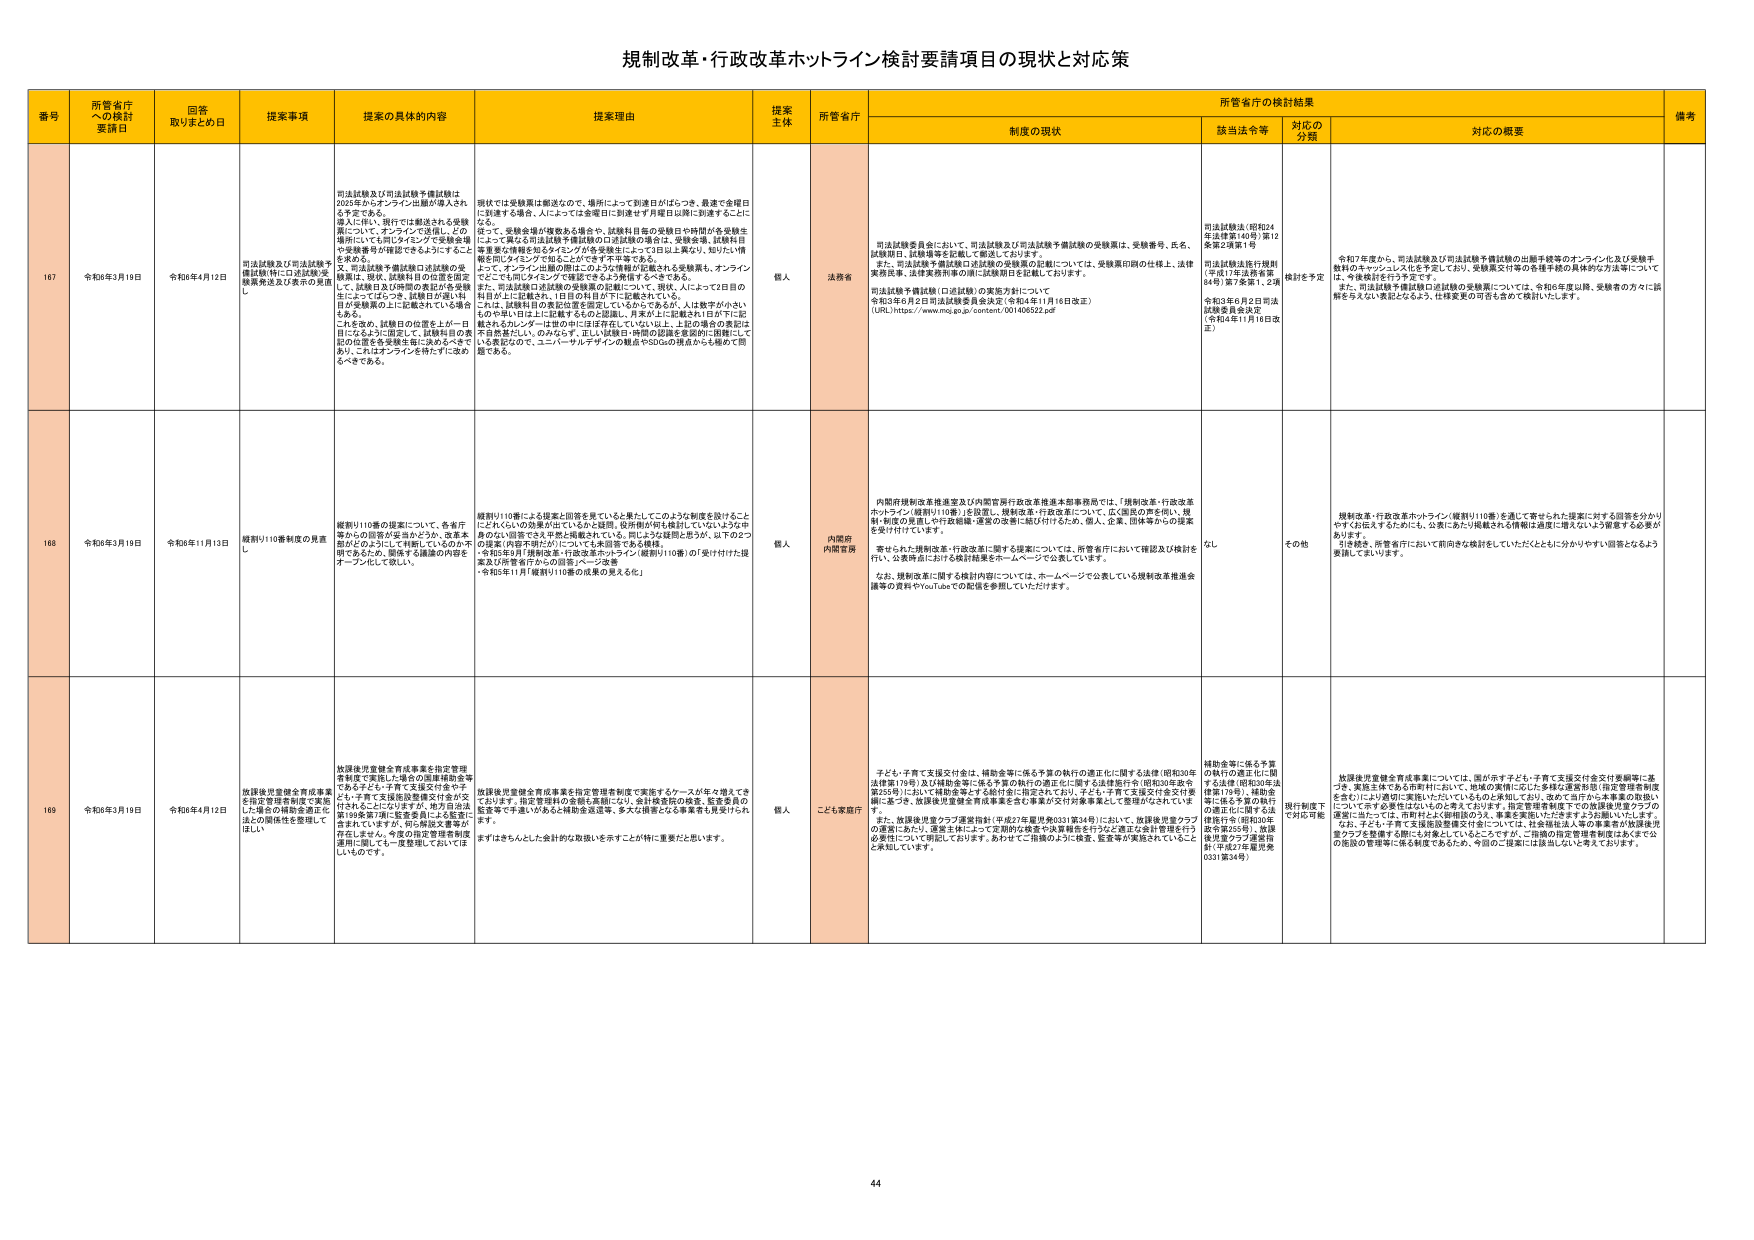
規制改革・行政改革ホットライン検討要請項目の現状と対応策

番号 所管省庁への検討要請日 回答取りまとめ日 提案事項 提案の具体的内容 提案理由 提案主体 所管省庁 制度の現状 所管省庁の検討結果 備考
該当法令等 対応の分類 対応の概要

167 令和6年3月19日 令和6年4月12日 司法試験及び司法試験予備試験（特に口述試験）受験票発送及び発送の遅延について 司法試験及び司法試験予備試験は、2023年からオンライン出願が導入され、6予定である。 また、司法試験予備試験口述試験の受験票は、現状、試験科目の位置を固定して、試験日及び時間の表記が受験生にによってばらつき、試験日が遅い科目が受験票の上に記載されている場合もある。 これを受け、試験日の位置を上段→下段になるように固定して、試験科目の表記の位置を各受験生毎に決めたべきであり、これはオンラインを待たずに改めるべきである。 現状では受験票は郵送なので、場所によって到達日がばらつき、最速で金曜日に到達する場合、人によっては金曜日に到達し7月曜日以降に到達することに なる。 また、受験会場が複数ある場合や、試験科目毎の受験日や時間が各受験生によって異なる司法試験予備試験の口述試験の場合は、受験会場、試験科目等重要な情報を知るタイミングが各受験生によって日以上遅れ、知った情報を間にタイミングで知ることができず不平等である。 また、オンライン出願の際にこのような情報が記載される受験票も、オンラインでどこでも同じタイミングで確認できるよう配信するべきである。 また、司法試験口述試験の受験票の記載について、現状、人によって2日目の科目が上に記載され、1日目の科目が下に記載されている。 これは、試験科目の表記位置を固定しているからであるが、人は数字が小さいものや早い日ほど上に配置するものと認識し、月末よりに受験される1日目で上記されるものと、2日目が下に記載されている。 これは、上記の場合の表記は不自然性にし、のめらせず、正しい試験日・時間の認識を意図的に困難にして いる実態なので、ユニバーサルデザインの観点やSDGsの視点からも極めて問 題である。 個人 法務省 司法試験委員会において、司法試験及び司法試験予備試験の受験票は、受験番号、氏名、 試験科目、試験場等を記載して郵送しております。 また、司法試験予備試験口述試験の受験票の記載については、受験票印刷の仕様上、法律 実務監事、法律実務所等の間に試験順日を記載しております。 司法試験予備試験（口述試験）の実施方針について 令和3年6月2日司法試験委員会決定（令和4年1月16日改正） （URL）https://www.moj.go.jp/content/001406522.pdf 司法試験法（昭和24 年法律第140号）第12 条第2項第1号 司法試験法施行規則 （平成17年法務省第 84号）第7条第1、2号 令和3年6月2日司法 試験委員会決定 （令和4年1月16日改 正） 検討を予定 令和7年度から、司法試験及び司法試験予備試験の出願手続き等のオンライン化及び受験手 続きのキャンセル化を予定しており、受験票交付等の各種手続の具体的な方法等について は、今後検討を行う予定です。 また、司法試験予備試験口述試験の受験票については、令和6年度以降、受験者の方々に誤 解を与えない表記となるよう、仕様変更の可否も含めて検討いたします。

168 令和6年3月19日 令和6年11月13日 規則110番制度の見直し 規則110番の提案について、各省庁等からの回答が妥当かどうか、改革本部のどのようにして判断しているのか不 明であるため、関係する議論の内容をオープンにして欲しい。 規則110番による提案と回答を見てると、こうしたような制度を設けること にどれくらいの効果が出ていいるかは疑問、役所側が何も検討していないような中 のない回答であると評価されている。同じような疑問を示すが、以下の2つ の提案（内閣官房が）についても未回答である模様。 -令和3年8月「規制改革・行政改革ホットライン（規則110番）の「受け付けた提 案及び所管省庁からの回答」ページ改善 -令和3年11月「規則110番の成果の見える化」 個人 内閣府 内閣官房 内閣府規制改革推進室及び内閣官房行政改革推進本部事務局では、「規制改革・行政改革 ホットライン（規則110番）」を設置し、規制改革・行政改革について、広く国民の声を伺い、規 制・制度の見直しや行政機関・運営の改善に結び付けるため、個人、企業、団体等からの提案 を受け付けています。 寄せられた規制改革・行政改革に関する提案については、所管省庁において確認及び検討を 行い、公表時点における検討結果をホームページで公表しています。 なお、規制改革に関する検討内容については、ホームページで公表している規制改革推進会 議等の資料やYouTubeでの配信を参照していただけます。 なし その他 規制改革・行政改革ホットライン（規則110番）を通じて寄せられた提案に対する回答を分かり やすくお伝えするためにも、公表にあたり掲載される情報は適度に増えるよう留意する必要が あります。 引き続き、所管省庁において前向きな検討をしていただくとともに分かりやすい回答となるよう 要請してまいります。

169 令和6年3月19日 令和6年4月12日 放課後児童健全育成事業を指定管理 を指定管理者制度で実施 した場合の補助金適正化 法との関係性を整理して ほしい 放課後児童健全育成事業を指定管理 者制度で実施した場合の国庫補助金等 である子ども・子育て支援交付金や子 ども・子育て支援施設整備交付金が交 付されるようにはますが、地方自治法 第189条第7項に「監査委員による監査に 供されていきますが、同じ検討を事業が 存在しません。今度の指定管理者制度 適用に際しても一度整理しておいてほ しいものです。 放課後児童健全育成事業を指定管理者制度で実施するケースが年々増えてき ております。指定管理者の金額も高額になり、会計検査院の検査、監査委員の 監査等で不適切があると補助金返還等、多大な損害となる事案も見受けられ ます。 まずはきちんとした会計的な取扱いを示すことが特に重要だと思います。 個人 こども家庭庁 子ども・子育て支援交付金は、補助金等に係る予算の執行の適正化に関する法律（昭和30年 法律第179号）及び補助金等に係る予算の執行の適正化に関する法律施行令（昭和30年法 律第55号）において補助金等とする給付金に指定されており、子ども・子育て支援交付金交付規 則に基づき、放課後児童健全育成事業を含む事業の交付対象事業として整理がなされてい ます。 また、放課後児童クラブ運営指針（平成27年基準第0331第34号）において、放課後児童クラブ の運営にあたり、運営主体によって定期的な検査や決算報告を行うこと適正な会計管理を行う 必要性について明記しております。あわせて二階構造のような検査、監査等が実施されているこ と承知しています。 補助金等に係る予算 の執行の適正化に関 する法律（昭和30年法 律第179号）、補助金 等に係る予算の執行 の適正化に関する法 律施行令（昭和30年 法律第55号）、放課 後児童クラブ運営指 針（平成27年雇児発 0331第34号） 現行制度下 で対応可能 放課後児童健全育成事業については、国が示す子ども・子育て支援交付金交付要綱等に基づき、実施主体である市町村において、地域の実情に応じた多様な運営形態（指定管理者制度を含む）により適切に実施いただいているものと承知しており、改めて当庁から本事業の取扱い について示す必要性はないものと考えております。指定管理者制度での放課後児童クラブの 運営に当たっては、市町村とよく御相談のうえ、事業を実施いただきますようお願いいたします。 なお、子ども・子育て支援施設整備交付金については、社会福祉法人等の事業者が放課後児 童クラブを整備する際にも対象としていることですが、二階構の指定管理者制度はあくまで公 的施設の管理等に係る制度であるため、今回のご提案には該当しないと考えております。

44